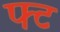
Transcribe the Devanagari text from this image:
फ्ट